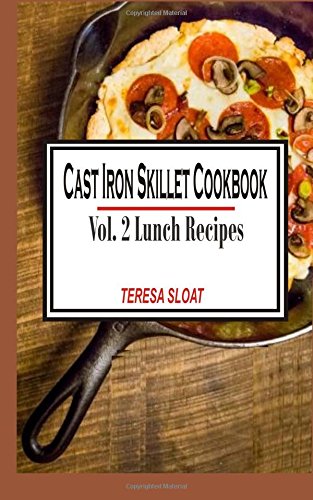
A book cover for Cast Iron Skillet Cookbook:Vol.2 Lunch Recipes; Teresa Sloat; Cookbooks, Food & Wine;